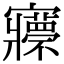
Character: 𡬇